Scottish Leaving Certificate Examination, 1961
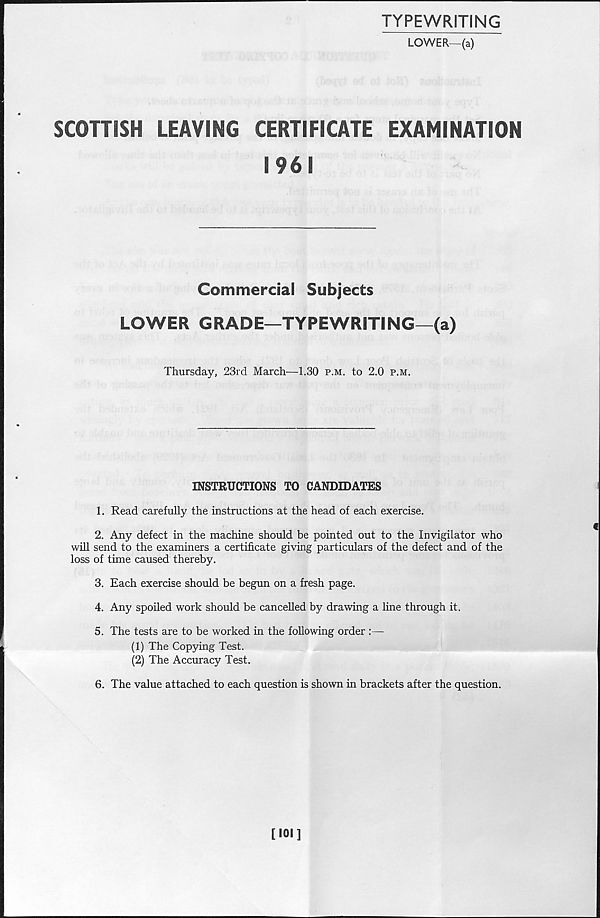
TYPEWRITING
LOWER—(a)
SCOTTISH
LEAVING
CERTIFICATE
EXAMINATION
1961
Commercial Subjects
LOWER GRADE—TYPEWRITING—(a)
Thursday, 23rd March—1.30 p.m. to 2.0 p.m.
INSTRUCTIONS TO CANDIDATES
1. Read carefully the instructions at the head of each exercise.
2. Any defect in the machine should be pointed out to the Invigilator who
will send to the examiners a certificate giving particulars of the defect and of the
loss of time caused thereby.
3. Each exercise should be begun on a fresh page.
4. Any spoiled work should be cancelled by drawing a line through it.
5. The tests are to be worked in the following order
(1) The Copying Test.
(2) The Accuracy Test.
6. The value attached to each question is shown in brackets after the question.
[101]